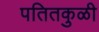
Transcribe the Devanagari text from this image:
पतितकुळी